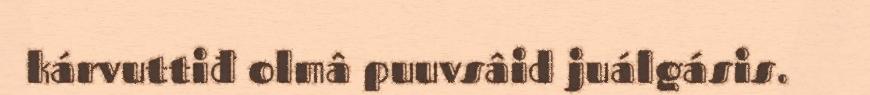
kárvuttiđ olmâ puuvsâid juálgásis.